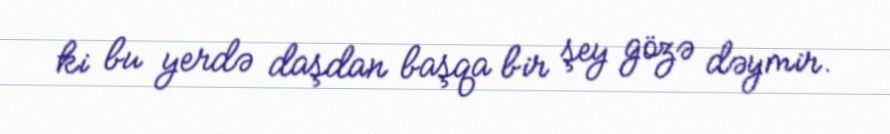
ki bu yerdə daşdan başqa bir şey gözə dəymir.